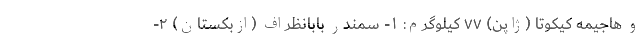
و هاجیمه کیکوتا (ژاپن) ۷۷ کیلوگرم: ۱- سمندر بابانظراف (ازبکستان) ۲-